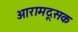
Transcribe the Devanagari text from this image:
आरामदूसक